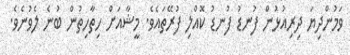
ވަމުންދިޔަ ދިރިއުޅުން ފުނޑު ފުނޑު ކޮއްލި ފުރޭތައެވެ. މީޝާއަށް ހިތާހިތުން ބުނެ ލެވުނެވެ.